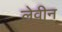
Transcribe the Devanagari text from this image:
लेवीन